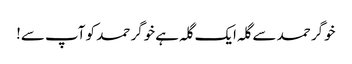
خوگر حمد سے گلہ ایک گلہ ہے خوگر حمد کو آپ سے!